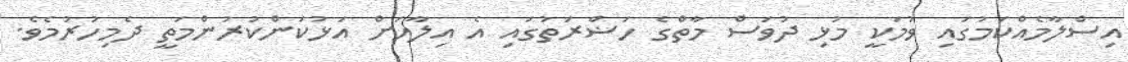
އިސްލާމެއްކަމުގައި ވުމަކީ މުޅި ދުވަސް މާތްގެ ހަޟްރަތުގައި އެ އިލާހަށް އަޅުކަންކުރުންމަތީ ދެމިހުރުމެވެ.